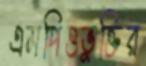
এমপিওভুক্তির